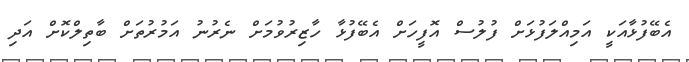
އެބޭފުޅާއަކީ އަމިއްލަފުޅަށް ފުލުސް އޮފީހަށް އެބޭފުޅާ ހާޒިރުވުމަށް ނެރުނު އަމުރުތަށް ބާތިލްކޮށް އަދި